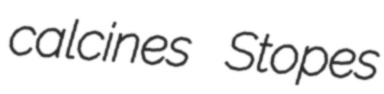
calcines Stopes